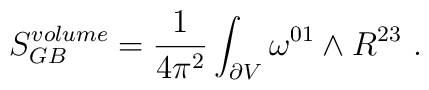
S_{GB}^{volume} =  {1\over 4 \pi^2}\int_{\partial V }\omega^{01}\wedge R^{23}  \ .